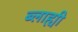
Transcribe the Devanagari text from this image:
ब्लाह्यी